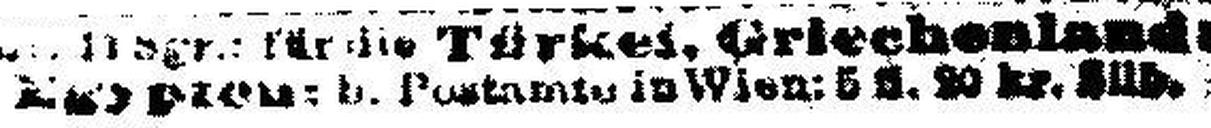
Egypten: b. Postamte in Wien: 5 fl. 20 kr. Süd.